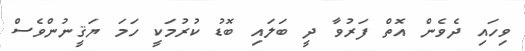
ވިހައި ދެވެން އޮތް ފަރުވާ ދީ ބަލައި ބޮޑު ކުރުމަކީ ހަމަ ޔަޤީނުންވެސް